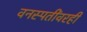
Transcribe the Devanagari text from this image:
वनस्पतींवरही